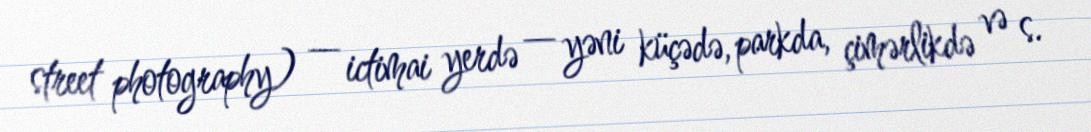
street photography) — ictimai yerdə — yəni küçədə, parkda, çimərlikdə və s.